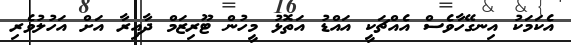
އެކަމަކު އިނގޭހާވެސް އެއްޗަކީ އައްޑު އަތޮޅު މީހުން ޓޫރިޒަމް ދާއިރާ އަށް އަހުލުވެރި